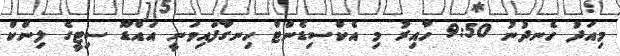
މިއަދު ހެނދުނު 9:50 ހާއިރު މި އެކްސިޑެންޓް ހިނގާފައިވަނީ އައްޑޫ ސިޓީގެ ލިންކް